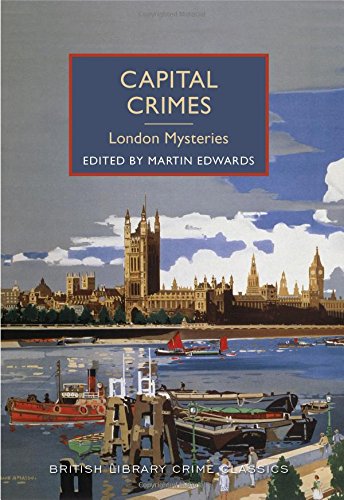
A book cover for Capital Crimes: London Mysteries: A British Library Crime Classic (British Library Crime Classics); Martin Edwards; Mystery, Thriller & Suspense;